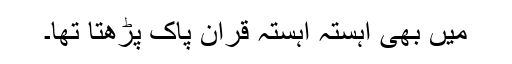
میں بھی آہستہ آہستہ قرآن پاک پڑھتا تھا۔